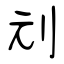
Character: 刓